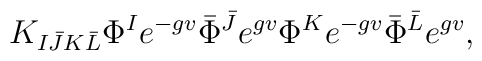
K_{I\bar J K\bar L} \Phi^I e^{-gv}\bar\Phi^{\bar J} e^{gv} \Phi^K e^{-gv}\bar \Phi ^{\bar L} e^{gv},